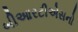
બીઆરટીએસનો